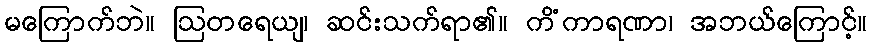
မကြောက်ဘဲ။ ဩတရေယျ၊ ဆင်းသက်ရာ၏။ ကိံကာရဏာ၊ အဘယ်ကြောင့်။